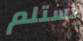
نستلم